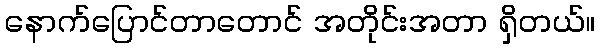
နောက်ပြောင်တာတောင် အတိုင်းအတာ ရှိတယ်။